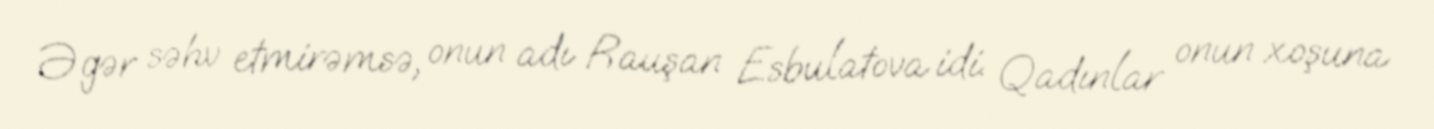
Əgər səhv etmirəmsə, onun adı Rauşan Esbulatova idi. Qadınlar onun xoşuna